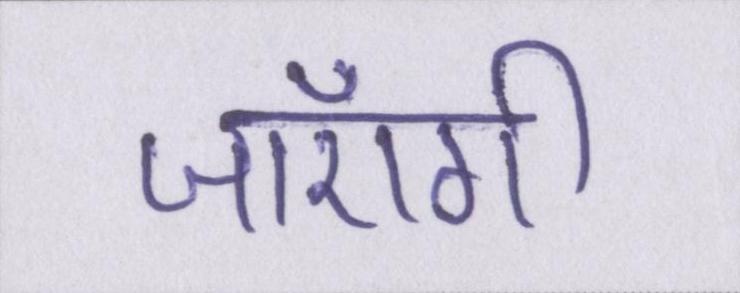
जाएँगी